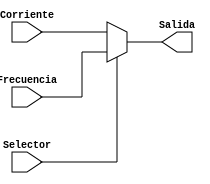
`timescale 1ns / 1ps
//////////////////////////////////////////////////////////////////////////////////
// Company: 
// Engineer: 
// 
// Design Name: 
// Module Name:    MuxDisplay 
// Project Name: 
// Target Devices: 
// Tool versions: 
// Description: 
//
// Dependencies: 
//
// Revision: 
// Revision 0.01 - File Created
// Additional Comments: 
//
//////////////////////////////////////////////////////////////////////////////////
module MuxDisplay(
	input wire Selector,
	input wire [9:0] Frecuencia,
	input wire [9:0] Corriente,
	output wire [9:0] Salida
    );

assign Salida = Selector ? Frecuencia : Corriente;

endmodule